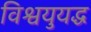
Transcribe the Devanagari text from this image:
विश्वयुयद्ध